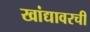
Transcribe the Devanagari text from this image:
खांद्यावरची